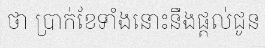
ថា ប្រាក់ខែទាំងនោះនឹងផ្តល់ជូន